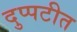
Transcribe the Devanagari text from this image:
दुप्पटीत